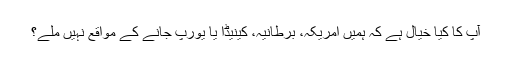
آپ کا کیا خیال ہے کہ ہمیں امریکہ، برطانیہ، کینیڈا یا یورپ جانے کے مواقع نہیں ملے؟